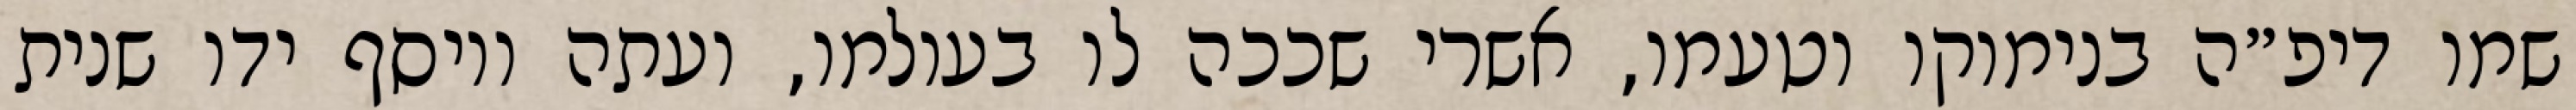
שמו דיפ״ה בנימוקו וטעמו, אשרי שככה לו בעולמו, ועתה ויוסף ידו שנית